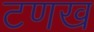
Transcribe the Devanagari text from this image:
टणख